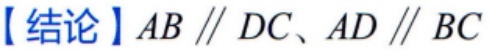
【结论】$AB \parallel DC、AD \parallel BC$